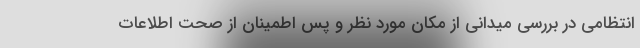
انتظامی در بررسی میدانی از مکان مورد نظر و پس اطمینان از صحت اطلاعات